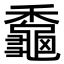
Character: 𪚼